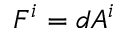
F ^ { i } = d A ^ { i }